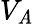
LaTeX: V_{\mathit{A}}